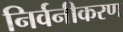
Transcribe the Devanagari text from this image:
निर्वनीकरण